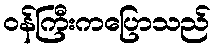
ဝန်ကြီးကပြောသည်